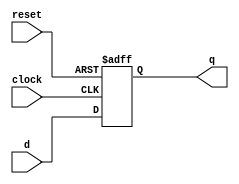
`timescale 1ns / 1ps

module d_ff(
    input clock,
    input reset,
    input d,
    output reg q
    );
    
    always @(posedge clock or negedge reset) begin
        if(~reset)
            q <= 0;
        else
            q <= d;
    end
    
endmodule